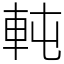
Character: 軘